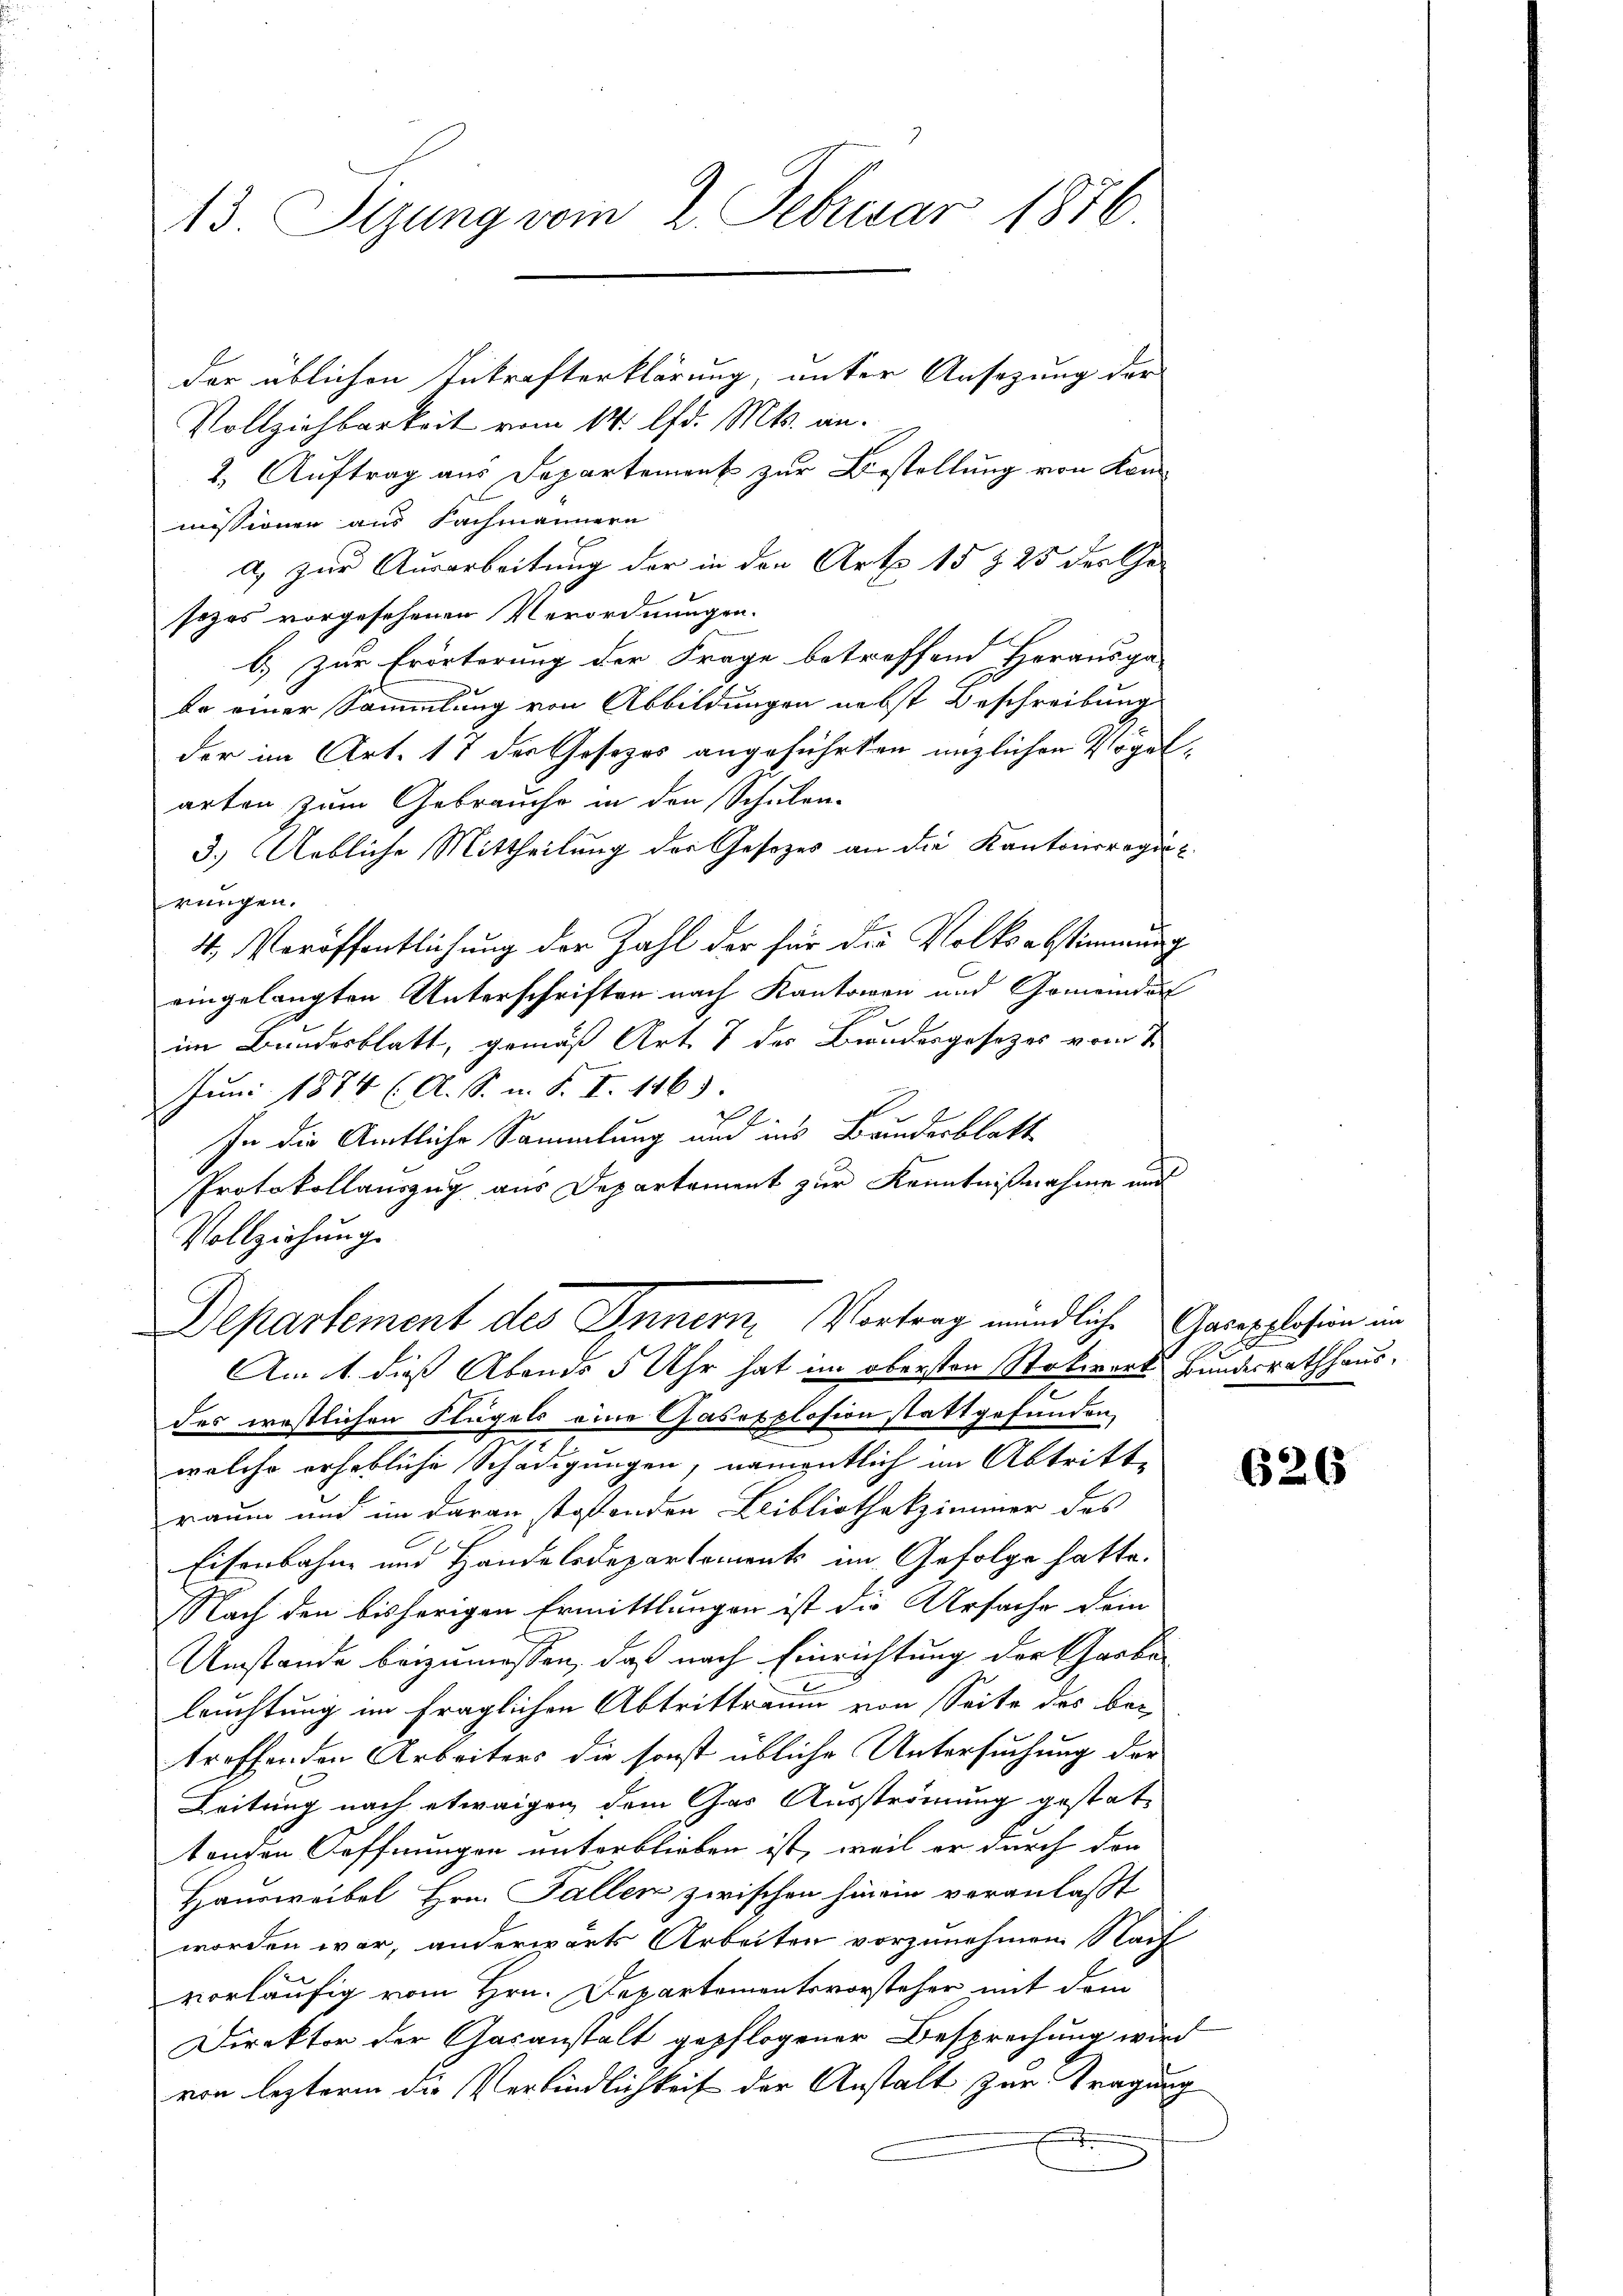
13. Stzung vom 2. Februar 1876.

der üblichen Inkrafterklärung, unter Ansezung der
Vollziehbarkeit vom 14. d. Mts. an.
2.) Auftrag aus Departement zur Bestellung von Kan
missionen aus Fachmännern
a) zur Ausarbeitung der in den Art 15 § 25 der the
sozos vorgesehenen Verordnungen.
b) zur Erörterung der Frage betreffend Herausga-
ee einer Sammlung von Abbildungen nebst Beschreibung
der im Art. 17 der Gesezes angeführten möglichen Vogelarten zum Gebrauche in den Schulen-
3.) Uebliche Mittheilung der Gesetzes an die Kantonsregie
rungen.
4. Veröffentlichung der Zahl der für die Volksabstimmung
eingelangten Unterschriften nach Kantonen und Gemeinder
im Bundesblatt, gemäß Art. 7 des Bundesgesetzes vom 7.
Juni 1874 ( A. S. u. S. I. 1463.
In die Amtliche Sammlung und ins Bandesblatt
Protokollauszug aus Departement zur Kenntnißnahme und
Vollziehung.
Departement des Innern, Vortrag mündliche Garepplohin in
Am 1. dies Abends 5 Uhr hat im obersten Stockwerks Bundesrathhausdes erstlichen Flügels eine Gasexplosion stattgefunden.
welche erhebliche Schädigungen, namentlich im Abtritte
raum und im daran stossenden Bibliothekzimmer des
Eisenbahne und Handelsdepartement am Gefolge hatte.
Nach den bisherigen Ermittlungen ist die Ursache dein
Umstände beizumessen, daß nach Einrichtung der Garbe
leuchtung im fraglichen Abtrittraum von Seite des be-
troffenden Arbeiters die sonst übliche Untersuchung der
Leitung nach etwaigen dem Gas Ausströmung gestattenden Oeffnungen unterblieben ist, weil er durch den
Hausweibel Hrn. Fallen zwischen hinein veranlaßt
worden war, anderwärts Arbeiten vorzunehmen. Nach
vorläufig vom Hrn. Departementsvorsteher mit dem
Direktor der Gasanstalt gepflogener Besprechung wird
von lezterm die Verbindlichkeit der Anstalt zur Tragung

2

626